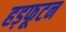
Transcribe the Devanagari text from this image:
हड़फूटन